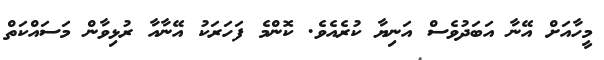
މީހާއަށް އޭނާ އަބަދުވެސް އަނިޔާ ކުރެއެވެ. ކޮންމެ ފަހަރަކު އޭނާއާ ރުޅިވާން މަސައްކަތް